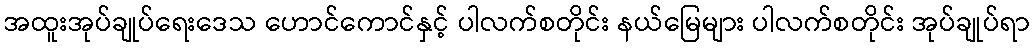
အထူးအုပ်ချုပ်ရေးဒေသ ဟောင်ကောင်နှင့် ပါလက်စတိုင်း နယ်မြေများ ပါလက်စတိုင်း အုပ်ချုပ်ရာ